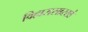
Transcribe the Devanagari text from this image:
विहारासारखे